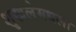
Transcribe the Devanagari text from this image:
शृखलेमधला